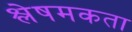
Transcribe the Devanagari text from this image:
श्लेषमकता